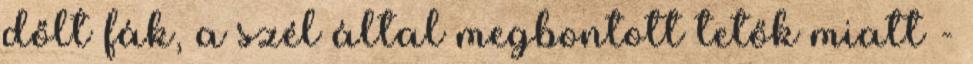
dőlt fák, a szél által megbontott tetők miatt -